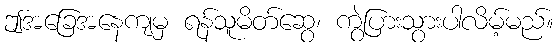
ဤအခြေအနေကျမှ ရန်သူမိတ်ဆွေ၊ ကွဲပြားသွားပါလိမ့်မည်။